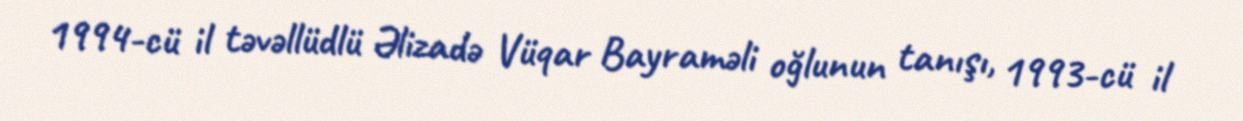
1994-cü il təvəllüdlü Əlizadə Vüqar Bayraməli oğlunun tanışı, 1993-cü il